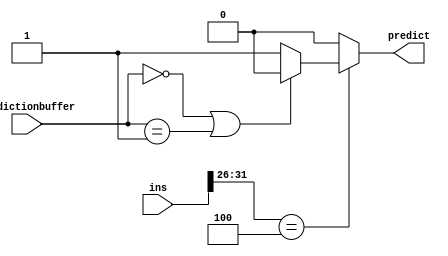
module branchprediction(input [1:0] predictionbuffer,
                        input [31:0] ins,
                        output reg predict
                      // output [1:0] predictionbufferout          
                        );
    always @ (*)
      if (ins[31:26] == 6'b000100)
      begin
          if (predictionbuffer == 2'b00 || predictionbuffer == 2'b01)
            begin
                predict = 1'b0;
               // PcWrite = 1'b1;
            end
                
          else
            begin
                predict = 1'b1;
                //PcWrite = 1'b0;
            end // UNMATCHED !!
      end // if (ins[31:26] == 6'b000100)
      else
        predict = 1'b0;
    
endmodule // branchprediction
/////